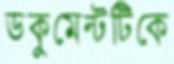
ডকুমেন্টটিকে